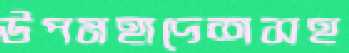
উপমহাদেশসহ